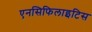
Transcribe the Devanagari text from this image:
एनसिफिलाइटिस